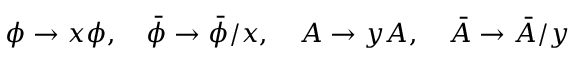
\phi \rightarrow x \phi , \quad \bar { \phi } \rightarrow \bar { \phi } / x , \quad A \rightarrow y A , \quad \bar { A } \rightarrow \bar { A } / y